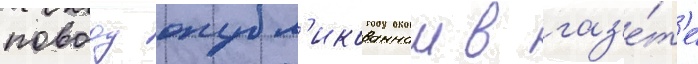
поводу опубл'икованнои в газ'е́т'е